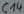
Text: C14